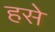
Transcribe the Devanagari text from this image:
हसे